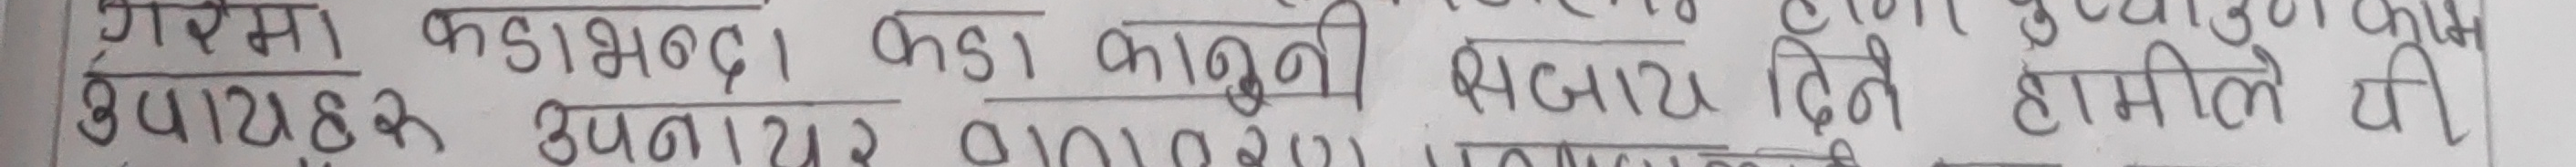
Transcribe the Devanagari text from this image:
गरिमा कडाभन्दा कडा कानूनी स्वभाव देने हामीले पी
उपायहरू अपनाएर ०११०२१ प्र